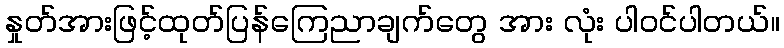
နှုတ်အားဖြင့်ထုတ်ပြန်ကြေညာချက်တွေ အား လုံး ပါဝင်ပါတယ်။